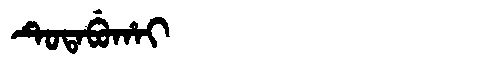
Manchu: ᡨᡠᡨᠠᠪᡠᡥᠠᡳ
Romanization: TUTABUHAI